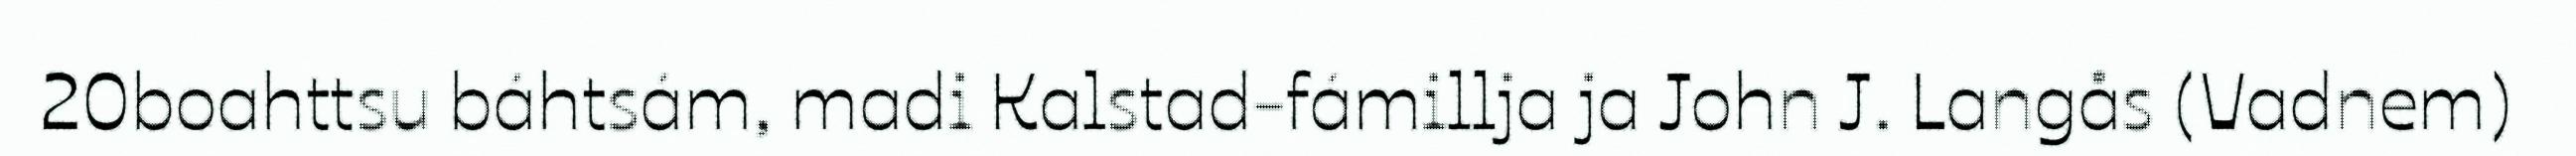
20boahttsu báhtsám, madi Kalstad-fámillja ja John J. Langås (Vadnem)